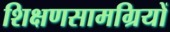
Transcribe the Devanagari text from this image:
शिक्षणसामग्रियों